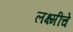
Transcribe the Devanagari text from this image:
लक्ष्मींचे